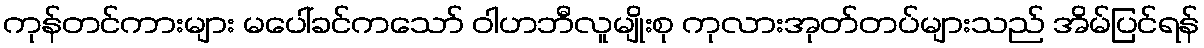
ကုန်တင်ကားများ မပေါ်ခင်ကသော် ဝါဟဘီလူမျိုးစု ကုလားအုတ်တပ်များသည် အိမ်ပြင်ရန်